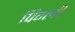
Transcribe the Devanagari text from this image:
पिग्ली